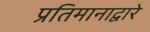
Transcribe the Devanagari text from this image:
प्रतिमानाद्वारे